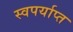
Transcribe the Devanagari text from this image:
स्वपर्याप्त